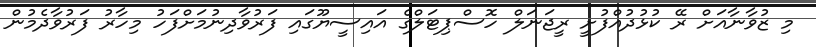
މި ޒުވާނާއަށް ރޭ ކުޅުދުއްފުށީ ރީޖަނަލް ހޮސްޕިޓަލްގެ އައިސީޔޫގައި ފަރުވާދިނުމަށްފަހު މިހާރު ފަރުވާދެމުން